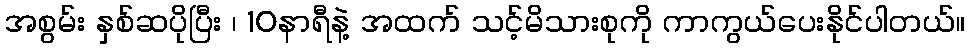
အစွမ်း နှစ်ဆပိုပြီး ၊ 10နာရီနဲ့ အထက် သင့်မိသားစုကို ကာကွယ်ပေးနိုင်ပါတယ်။